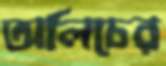
অলিচের